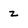
Character: z